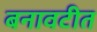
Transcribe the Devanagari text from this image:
बनावटीत